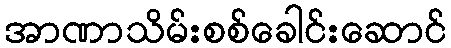
အာဏာသိမ်းစစ်ခေါင်းဆောင်